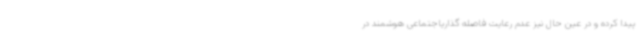
پیدا کرده و در عین حال نیز عدم رعایت فاصله گذاریاجتماعی هوشمند در